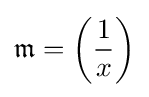
{\mathfrak {m}}=\left({\frac {1}{x}}\right)